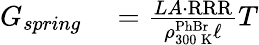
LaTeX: \begin{array}{rl}{G_{spring}}&{{}=\frac{LA\cdot\mathrm{RRR}}{\rho_{300\, \mathrm{K}}^{\mathrm{PhBr}}\ell}T}\end{array}